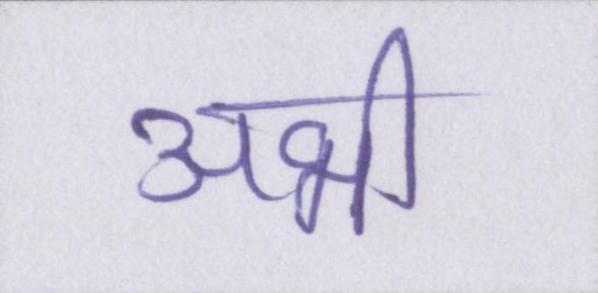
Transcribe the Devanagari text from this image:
अभी